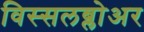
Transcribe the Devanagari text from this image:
विस्सलब्लोअर